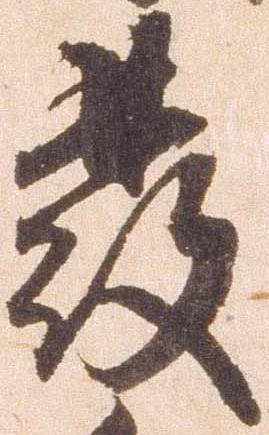
発